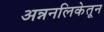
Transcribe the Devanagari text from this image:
अन्ननलिकेतून